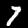
Label: 7